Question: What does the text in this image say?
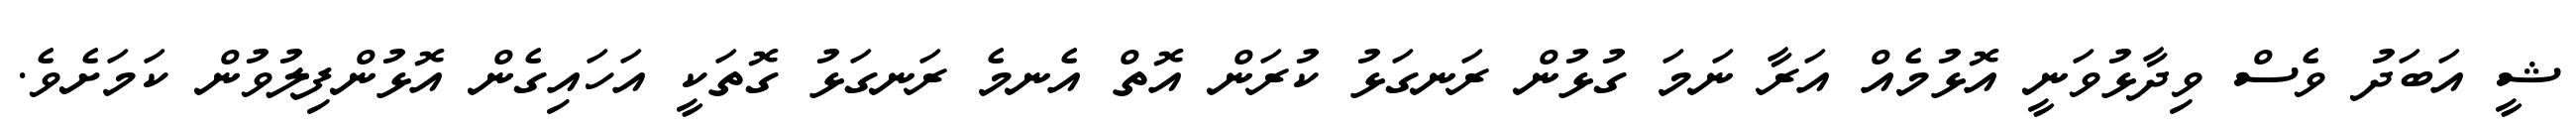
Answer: ޝީ އަބަދު ވެސް ވިދާޅުވަނީ އޮޅުމެއް އަރާ ނަމަ ގުޅުން ރަނގަޅު ކުރަން އޮތް އެނމެ ރަނގަޅު ގޮތަކީ އަހައިގެން އޮޅުންފިލުވުން ކަމަށެވެ.